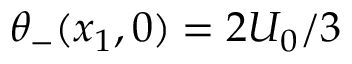
\theta _ { - } ( x _ { 1 } , 0 ) = 2 U _ { 0 } / 3